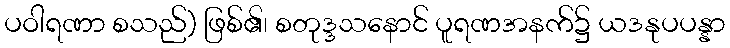
ပဝါရဏာ စသည်) ဖြစ်၏၊ စတုဒ္ဒသနောင် ပူရဏအနက်၌ ယဒနုပပန္နာ